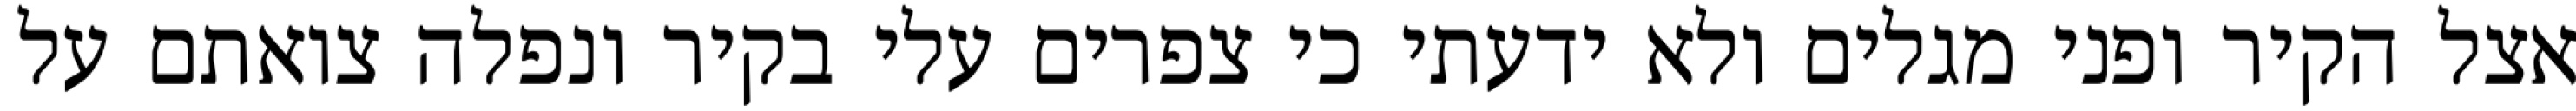
אצל הקיר ופני מגלים ולא ידעתי כי צפרים עלי בקיר‏ ונפלה צואתם על